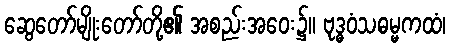
ဆွေတော်မျိုးတော်တို့၏ အစည်းအဝေး၌။ ဗုဒ္ဓဝံသဓမ္မကထံ၊